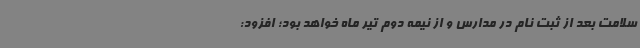
سلامت بعد از ثبت نام در مدارس و از نیمه دوم تیر ماه خواهد بود؛ افزود: